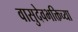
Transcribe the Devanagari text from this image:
वासुदेवभक्तिच्या